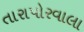
તારાપોરવાલા